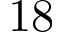
1 8